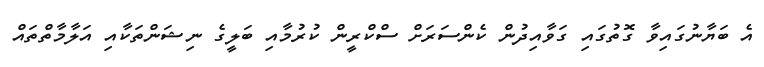
އެ ބަޔާނުގައިވާ ގޮތުގައި ގަވާއިދުން ކެންސަރަށް ސްކްރީން ކުރުމާއި ބަލީގެ ނިޝަންތަކާއި އަލާމާތްތައް